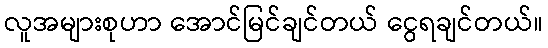
လူအများစုဟာ အောင်မြင်ချင်တယ် ငွေရချင်တယ်။